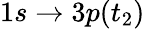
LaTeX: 1s\rightarrow 3p({t_{2}})